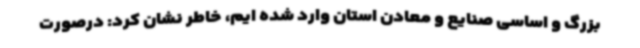
بزرگ و اساسی صنایع و معادن استان وارد شده ایم، خاطر نشان کرد: درصورت